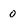
Character: 0